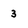
Character: 3